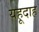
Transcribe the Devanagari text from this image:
यहूदाह